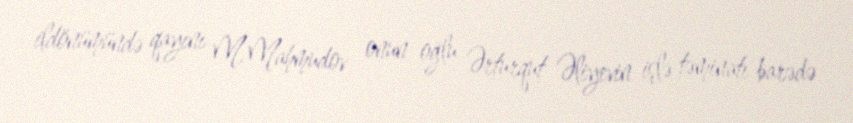
ildönümündə qayını M.Mahmudov onun oğlu Ərturqut Əliyevin işlə təminatı barədə